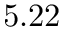
5 . 2 2